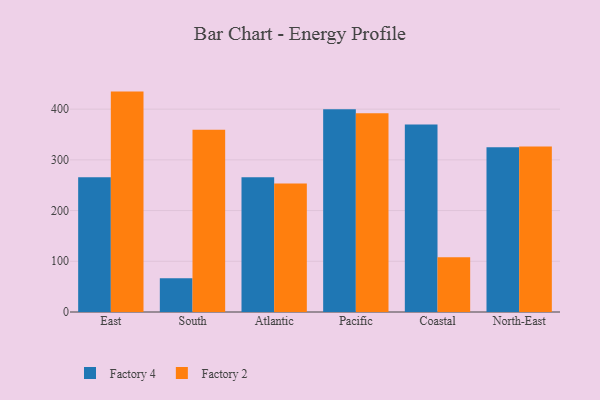
{"axis": {"x": "Region", "y": "Population (Million)"}, "legend": ["Factory 2", "Factory 4"], "data": [{"x": "East", "y": 265.9, "type": "Factory 4"}, {"x": "East", "y": 434.6, "type": "Factory 2"}, {"x": "South", "y": 66.6, "type": "Factory 4"}, {"x": "South", "y": 359.6, "type": "Factory 2"}, {"x": "Atlantic", "y": 265.9, "type": "Factory 4"}, {"x": "Atlantic", "y": 253.6, "type": "Factory 2"}, {"x": "Pacific", "y": 399.9, "type": "Factory 4"}, {"x": "Pacific", "y": 391.9, "type": "Factory 2"}, {"x": "Coastal", "y": 369.8, "type": "Factory 4"}, {"x": "Coastal", "y": 107.8, "type": "Factory 2"}, {"x": "North-East", "y": 324.8, "type": "Factory 4"}, {"x": "North-East", "y": 326.1, "type": "Factory 2"}]}